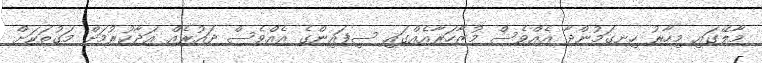
މާލޭގައި މިހާރު ހިނގަމުންދާ އެއްވެސް މުޒާހަރާއެއްގައި ސިފައިންގެ އެއްވެސް ދައުރެއް އަދާކުރުމަށް މަގުތަކަަށް